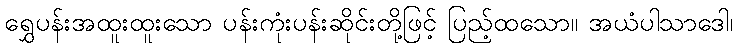
ရွှေပန်းအထူးထူးသော ပန်းကုံးပန်းဆိုင်းတို့ဖြင့် ပြည့်ထသော။ အယံပါသာဒေါ၊